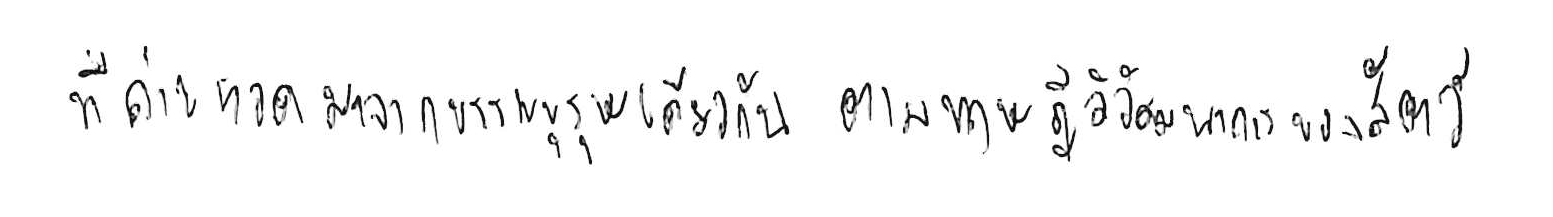
ที่ถ่ายทอดมาจากบรรพบุรุษเดียวกัน ตามทฤษฎีวิวัฒนาการของสัตว์